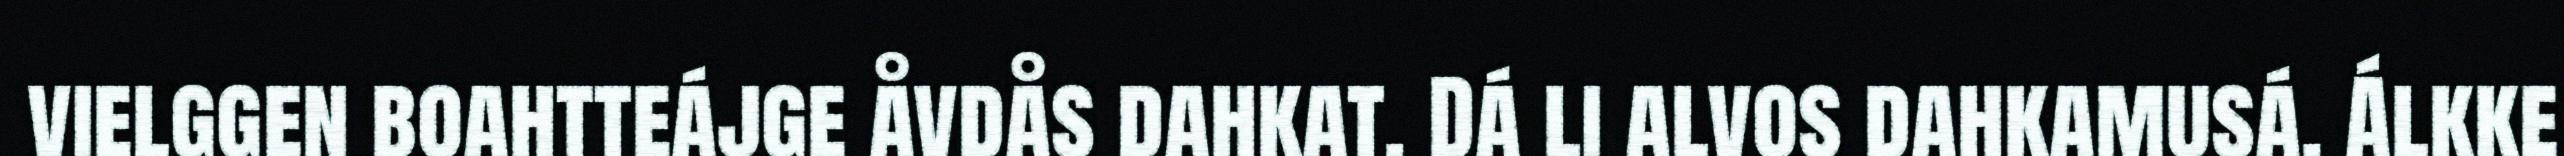
vielggen boahtteájge åvdås dahkat. Dá li alvos dahkamusá. Álkke